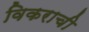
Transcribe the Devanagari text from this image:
विकराची